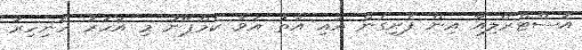
އޮސްޓްރޭލިއާ އިން ފެށިގެން އައި އާތު އަވާ ކެމްޕޭނު މި އަހަރު ހޮނިހިރު